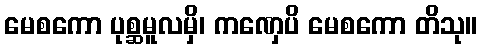
မေစကော ပုစ္ဆမူလမှိ၊ ကဏှေပိ မေစကော တိသု။